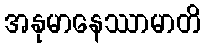
အနုမာနေဿာမာတိ